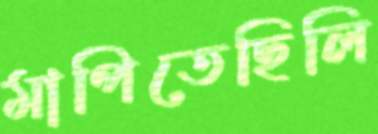
মাপিতেছিলি